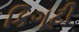
કિગૂટી